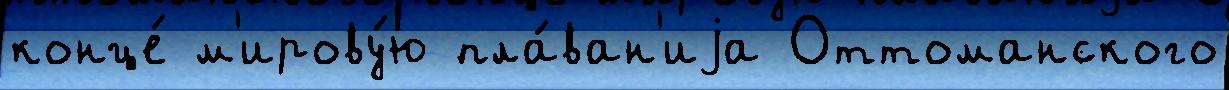
конце́ м'ирову́ю пла́ван'иjа Оттоманского